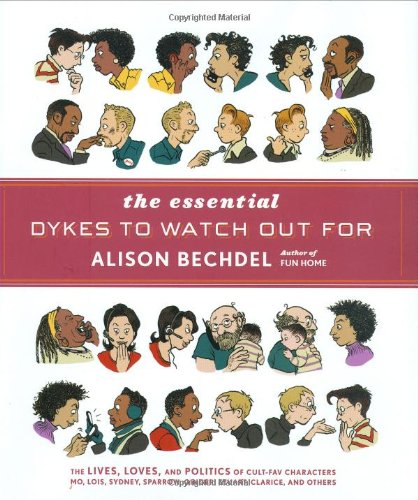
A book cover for The Essential Dykes to Watch Out For; Alison Bechdel; Comics & Graphic Novels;